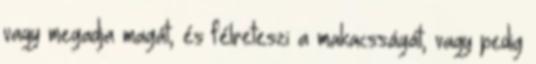
vagy megadja magát, és félreteszi a makacsságát, vagy pedig